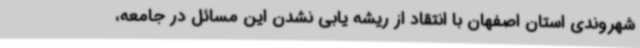
شهروندی استان اصفهان با انتقاد از ریشه یابی نشدن این مسائل در جامعه،